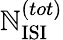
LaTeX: \mathbb{N}_{\mathrm{{ISI}}}^{(tot)}